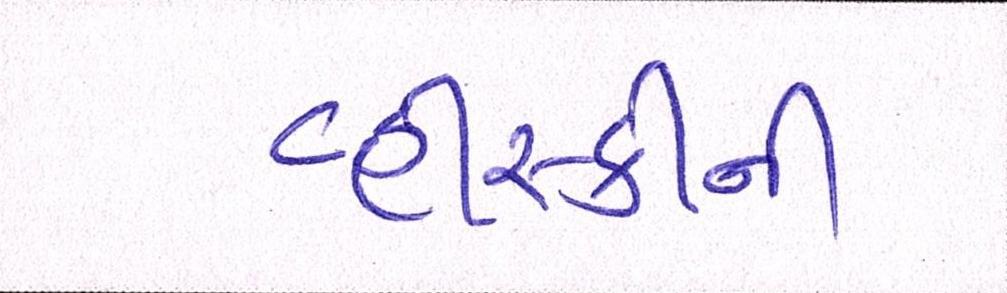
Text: વ્હીસ્કીની